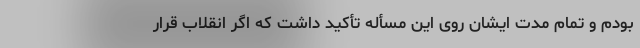
بودم و تمام مدت ایشان روی این مسأله تأکید داشت که اگر انقلاب قرار